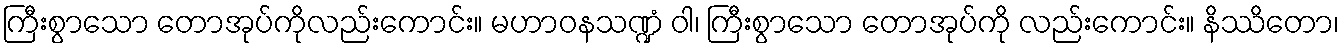
ကြီးစွာသော တောအုပ်ကိုလည်းကောင်း။ မဟာဝနသဏ္ဍံ ဝါ၊ ကြီးစွာသော တောအုပ်ကို လည်းကောင်း။ နိဿိတော၊